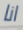
انا